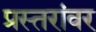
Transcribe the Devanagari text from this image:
प्रस्तरांवर